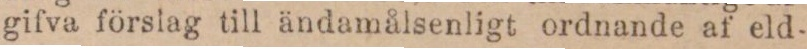
gifva förslag till ändamålsenligt ordnande af eld-